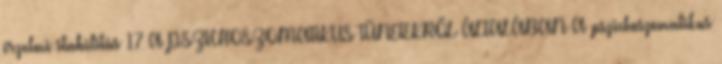
érzelmi stabilitás 17 A PSZICHOSZOMATIKUS TÜNETEKRŐL ÁLTALÁBAN A pszichoszomatikus